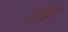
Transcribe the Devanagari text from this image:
टाव्नी